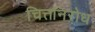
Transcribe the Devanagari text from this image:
चित्तनिरोध